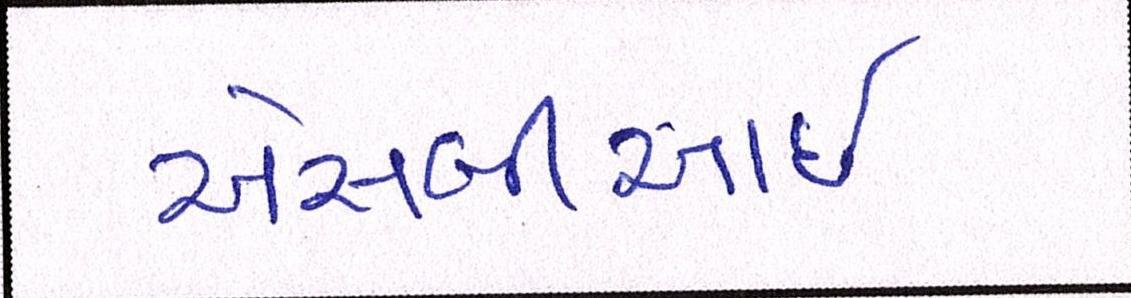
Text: એસબીઆઇ